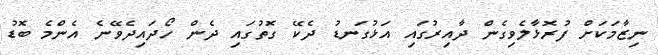
ނިޒާމަކަށް ފުރޮޅާލެވިގެން ދާއިރުގައި އަޅުގަނޑު ދެކޭ ގޮތުގައި ދެން ހޯދައިދެވޭނެ އެންމެ ބޮޑު